65_HS1-834228961_62-HQ-83894_Section_9
Agency: FBI
Page 14
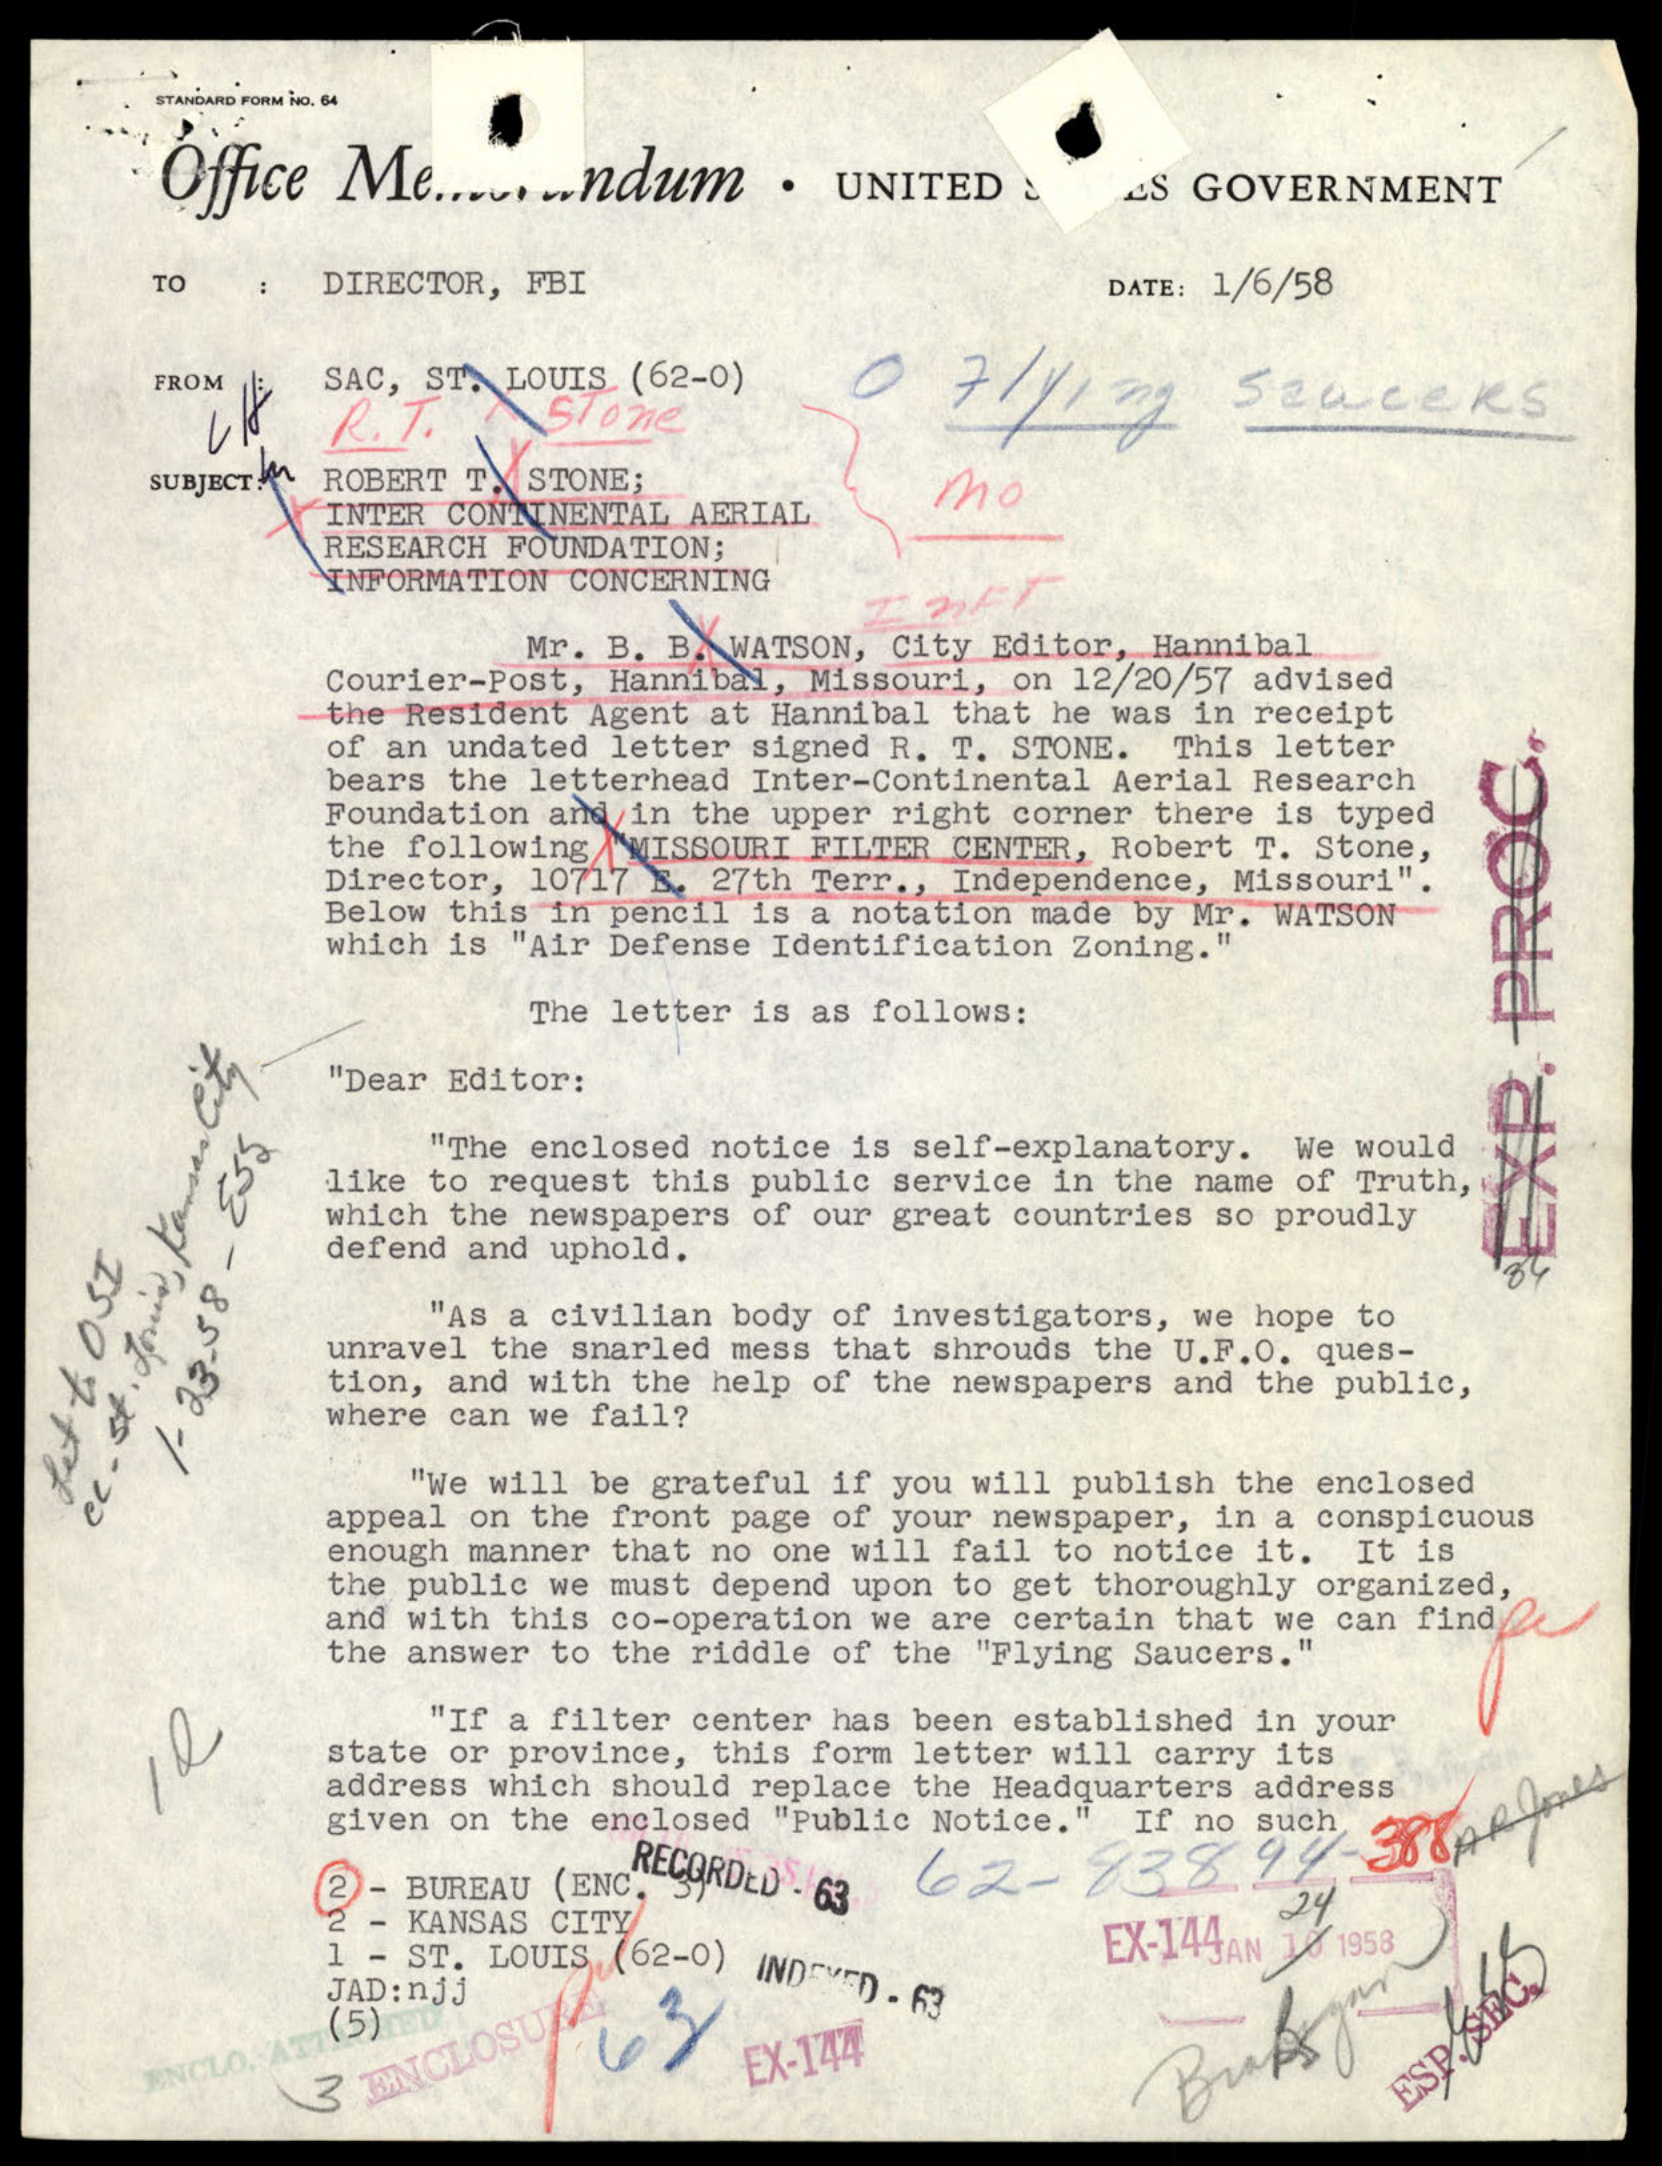